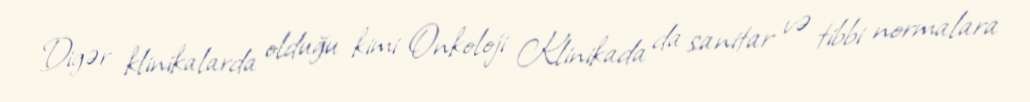
Digər klinikalarda olduğu kimi Onkoloji Klinikada da sanitar və tibbi normalara